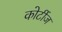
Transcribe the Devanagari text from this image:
कोर्टीज